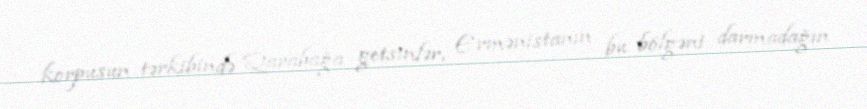
korpusun tərkibində Qarabağa getsinlər, Ermənistanın bu bölgəni darmadağın